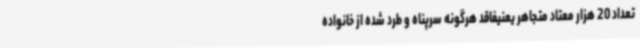
تعداد 20 هزار معتاد متجاهر یعنیفاقد هرگونه سرپناه و طرد شده از خانواده